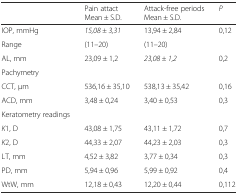
<table><thead><tr><td></td><td><b>Pain attact Mean ± S.D.</b></td><td><b>Attack-free periods Mean ± S.D.</b></td><td><b><i>P</i></b></td></tr></thead><tbody><tr><td>IOP, mmHg</td><td><i>15,08 ± 3,31</i></td><td>13,94 ± 2,84</td><td rowspan="2">0,12</td></tr><tr><td>Range</td><td>(11–20)</td><td>(11–20)</td></tr><tr><td>AL, mm</td><td>23,09 ± 1,2</td><td><i>23,08 ± 1,2</i></td><td>0,2</td></tr><tr><td>Pachymetry</td><td></td><td></td><td></td></tr><tr><td>CCT, μm</td><td>536,16 ± 35,10</td><td>538,13 ± 35,42</td><td>0,16</td></tr><tr><td>ACD, mm</td><td>3,48 ± 0,24</td><td>3,40 ± 0,53</td><td>0,3</td></tr><tr><td>Keratometry readings</td><td></td><td></td><td></td></tr><tr><td><i>K</i>1, D</td><td>43,08 ± 1,75</td><td>43,11 ± 1,72</td><td>0,7</td></tr><tr><td><i>K</i>2, D</td><td>44,33 ± 2,07</td><td>44,23 ± 2,03</td><td>0,3</td></tr><tr><td>LT, mm</td><td>4,52 ± 3,82</td><td>3,77 ± 0,34</td><td>0,3</td></tr><tr><td>PD, mm</td><td>5,94 ± 0,96</td><td>5,99 ± 0,92</td><td>0,4</td></tr><tr><td>WtW, mm</td><td>12,18 ± 0,43</td><td>12,20 ± 0,44</td><td>0,112</td></tr></tbody></table>